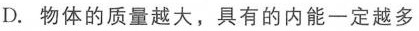
D.物体的质量越大，具有的内能一定越多